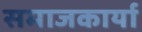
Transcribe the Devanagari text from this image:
समाजकार्या